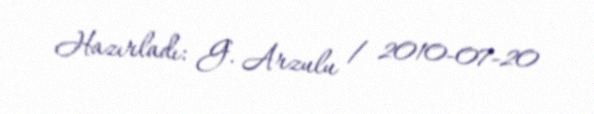
Hazırladı: G. Arzulu / 2010-07-20